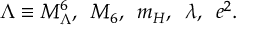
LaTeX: \Lambda \equiv M _ { \Lambda } ^ { 6 } , \, \, \, M _ { 6 } , \, \, \, m _ { H } , \, \, \, \lambda , \, \, \, e ^ { 2 } .